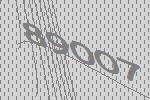
89007